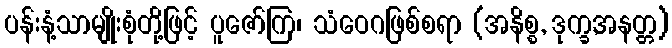
ပန်းနံ့သာမျိုးစုံတို့ဖြင့် ပူဇော်ကြ၊ သံဝေဂဖြစ်စရာ (အနိစ္စ, ဒုက္ခ,အနတ္တ)